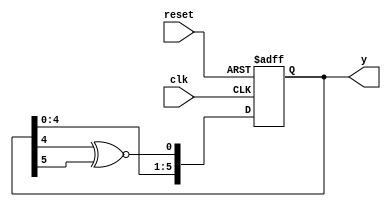
//*********************************************************
// IEEE STD 1364-2001 Verilog file: lfsr.v
// Author-EMAIL: Uwe.Meyer-Baese@ieee.org
//*********************************************************
module lfsr          //----> Interface
  (input clk,        // System clock
   input reset,      // Asynchronous reset 
   output [6:1] y);  // System output
// --------------------------------------------------------
  reg [6:1] ff; // Note that reg is keyword in Verilog and 
                               // can not be variable name
  integer i;  // loop variable
        
  always @(posedge clk or posedge reset) 
  begin // Length 6 LFSR with xnor    
    if (reset)          // Asynchronous clear
      ff <= 0;
    else begin
      ff[1] <= ff[5] ~^ ff[6];//Use non-blocking assignment
      for (i=6; i>=2 ; i=i-1)//Tapped delay line: shift one 
        ff[i] <= ff[i-1];
    end
  end

  assign   y = ff;         // Connect to I/O pins

endmodule